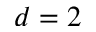
d = 2